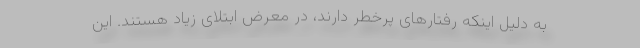
به دلیل اینکه رفتارهای پرخطر دارند، در معرض ابتلای زیاد هستند. این